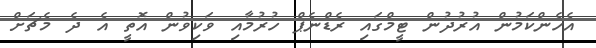
އެހެންކަމުން އުރުދުން ޓީމްގައި ރެޑްނެޕް ހުރުމާއި ވަކިވުން އޮތީ އެ ދެ މެޗަށް